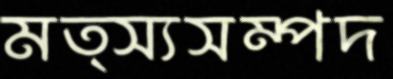
মত্স্যসম্পদ